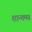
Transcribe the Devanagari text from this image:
शान्तमय